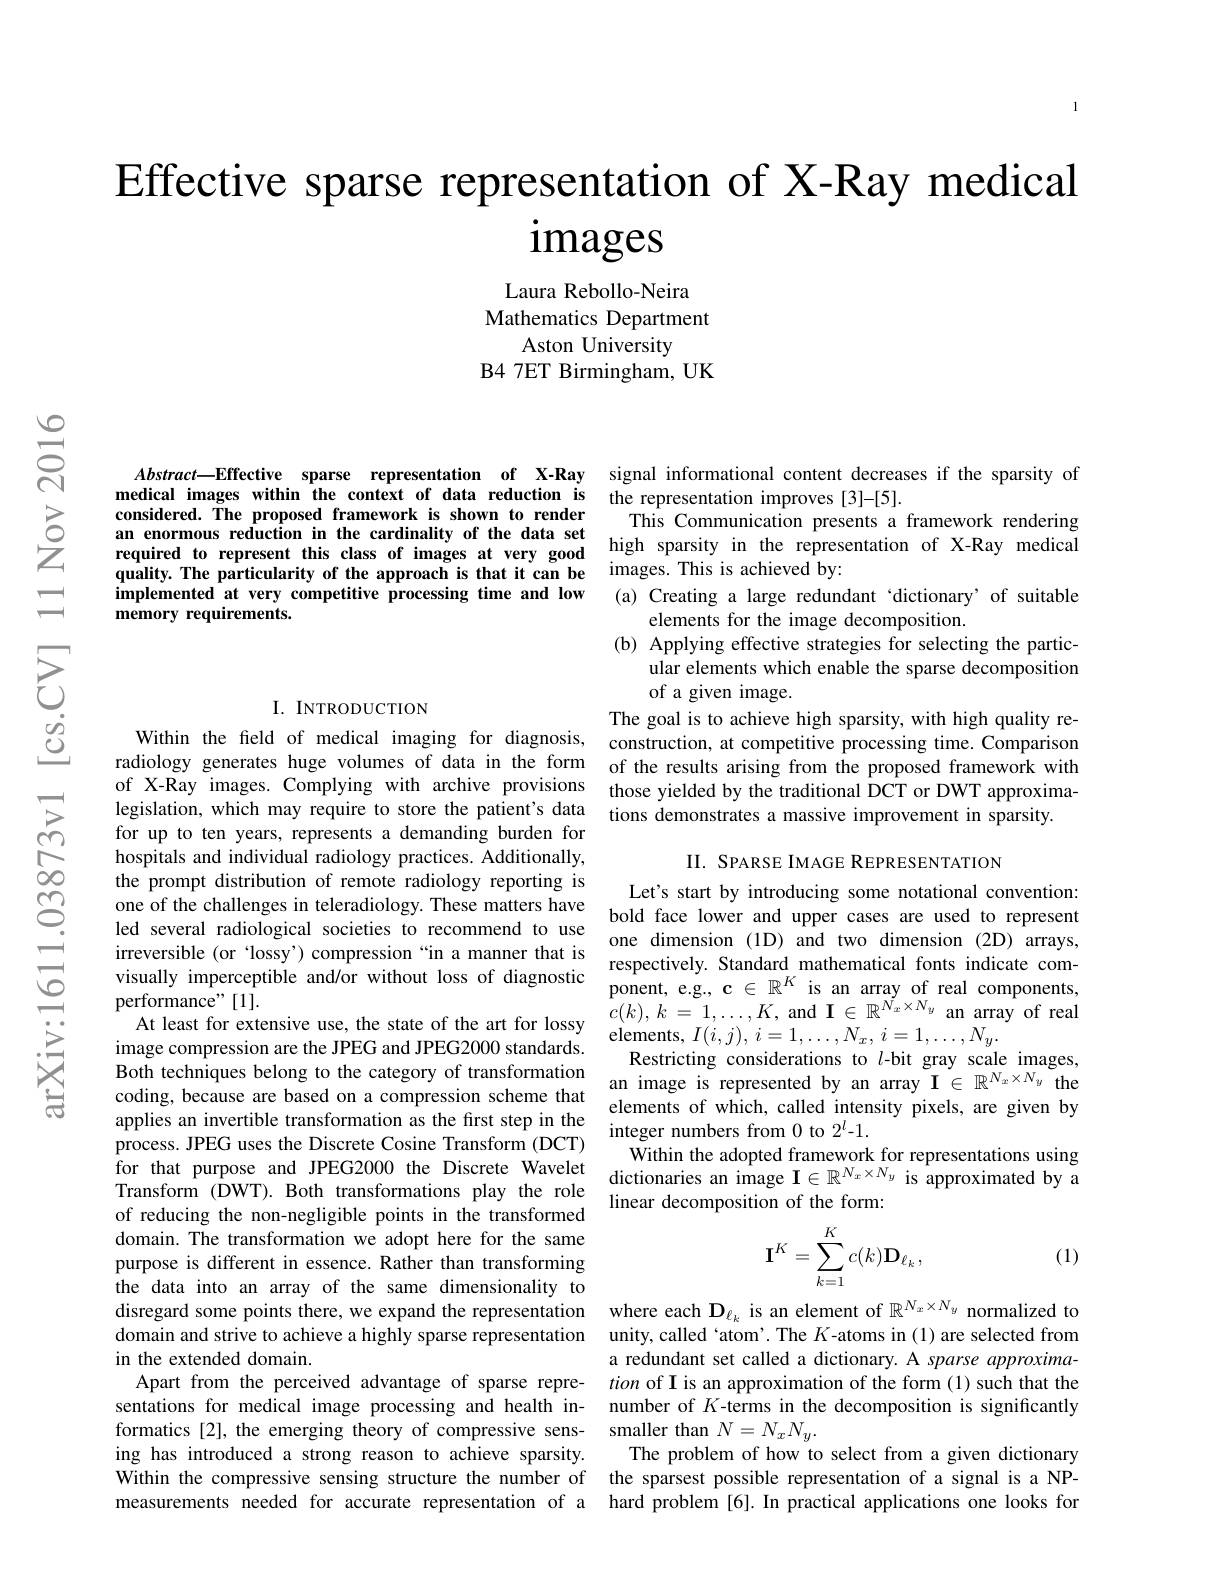
# Effective sparse representation of X-Ray medical $i$mages

Laura Rebollo-Neira
Mathematics Department
Aston University
B4 7ET Birmingham, UK

$Abstract—$Effective sparse representation of X-Ray medical images within the context of data reduction is considered. The proposed framework is shown to render an enormous reduction in the cardinality of the data set required to represent this class of images at very good quality. The particularity of the approach is that it can be implemented at very competitive processing time and low memory requirements.

### I. INTRODUCTION

Within the feld of medical imaging for diagnosis, for up to ten years, represents a demanding burden for hospitals and individual radiology practices. Additionally, the prompt distribution of remote radiology reporting is one of the challenges in teleradiology. These matters have irreversible (or 'lossy') compression “in a manner that is visually imperceptible and/or without loss of diagnostic performance" [1].
At least for extensive use, the state of the art for lossy applies an invertible transformation as the first step in the Transform (DWT).Both transformations play the role of reducing the non-negligible points in the transformed domain. The transformation we adopt here for the same purpose is different in essence. Rather than transforming the data into an array of the same dimensionality to disregard some points there, we expand the representation where each $\mathbf{D}_{\ell_k}$ is an element of $\mathbb{R}^{N_x\times N_y}$ normalized to domain and strive to achieve a highly sparse representation unity, called 'atom'. The $K$-atoms in (1) are selected from in the extended domain.
Apart from the perceived advantage of sparse representations for medical image processing and health informatics[2], the emerging theory of compressive sens- smaller than $N=N_xN_y.$
ing has introduced a strong reason to achieve sparsity.
Within the compressive sensing structure the number of the sparsest possible representation of a signal is a NPmeasurements needed for accurate representation of a hard problem [6].In practical applications one looks for

signal informational content decreases if the sparsity of
the representation improves [3]-[5].
This Communication presents a framework rendering high sparsity in the representation of X-Ray medical images. This is achieved by:
(a) Creating a large redundant 'dictionary' of suitable
elements for the image decomposition.
(b) Applying effective strategies for selecting the partic-
ular elements which enable the sparse decomposition
of a given image.
The goal is to achieve high sparsity, with high quality reconstruction, at competitive processing time. Comparison
radiology generates huge volumes of data in the form of the results arising from the proposed framework with of X-Ray images. Complying with archive provisions those yielded by the traditional DCT or DWT approximalegislation, which may require to store the patient's data tions demonstrates a massive improvement in sparsity.

II. SPARSE IMAGE REPRESENTATION

Let's start by introducing some notational convention: bold face lower and upper cases are used to represent
led several radiological societies to recommend to use $\begin{array}{ccccccccccccccccccccerer}&\text{boud lace lower alud upper Cases ale used to represent irreversible or 'losss') compression "in a manper that is one dimension (1D) and two dimension (2D) arrays,}\end{array}$
respectively. Standard mathematical fonts indicate com- $\begin{array}{l}{{\mathrm{ponent,~e.g.,~c~\in~\mathbb{R}^{K}~is~an~array~of~real~components,}}}\\{c(k),\:k=1,\ldots,K,~\mathrm{and~I~}\in~\mathbb{R}^{N_{x}\times N_{y}}~\mathrm{an~array~of~real}}\end{array}$
At least 1or extensve usse, IPEG and JPEG and JPEG 2000 standards. Restricting considerations to $l-$bit grav scal
Restricting considerations to $l$-bit gray scale images,
Both techniques belong to the category of transformation an image is represented by an array $\mathcal{I}\in\mathbb{R}^{N_x\times N_y}$ the coding, because are based on a compression scheme that an image is represented by an array $\mathcal{I}\in\mathbb{R}^{N_x\times N_y}$ the
elements of which, called intensity pixels, are given by
applies an mvertible ranstormatıon as the nrst step n the $\text{integer numbers from 0 to 2}^l-1.$ process. JPEG uses the Discrete Cosine Transform ( DCT) Within the adopted framework for representations using for that purpose and JPEG2000 the Discret
linear decomposition of the form:
$$\mathbf{I}^{K}=\sum_{k=1}^{K}c(k)\mathbf{D}_{\ell_{k}},$$
(1)

a redundant set called a dictionary. A sparse approximation of I is an approximation of the form (1) such that the number of $K$-terms in the decomposition is significantly The problem of how to select from a given dictionary